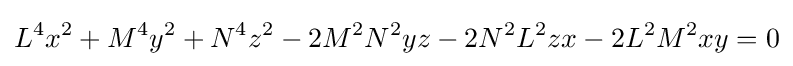
L^{4}x^{2}+M^{4}y^{2}+N^{4}z^{2}-2M^{2}N^{2}yz-2N^{2}L^{2}zx-2L^{2}M^{2}xy=0